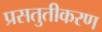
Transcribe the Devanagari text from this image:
प्रसतुतीकरण